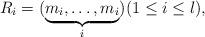
LaTeX: \begin{align*}R_i=(\underbrace{m_i,\dots,m_i}_{i})(1\le i\le l),\end{align*}